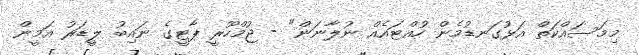
މިމަސައްކަތް އަޅުގަނޑުމެން ހުއްޓައެއް ނުލާނަން" - ޖުމްހޫރީ ޕާޓީގެ ނައިބު ލީޑަރު އަމީން